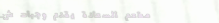
مطعم السعادة يقدم وجبات ش